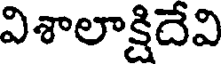
విశాలాక్షిదేవి